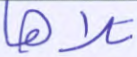
تلاها